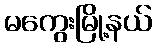
မကွေးမြို့နယ်